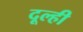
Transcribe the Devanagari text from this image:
दूल्ही